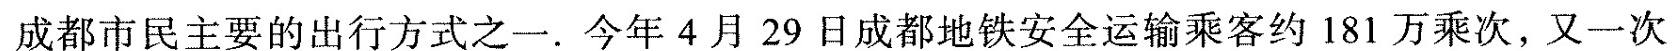
都市民主要的出行方式之一。今年4月29日成都地铁安全运输乘客约181万乘次，又一次